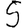
Digit: 5